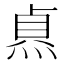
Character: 𭵐